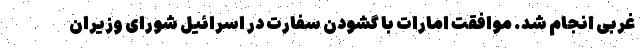
غربی انجام شد. موافقت امارات با گشودن سفارت در اسرائیل شورای وزیران